Scottish Leaving Certificate Examination, 1956
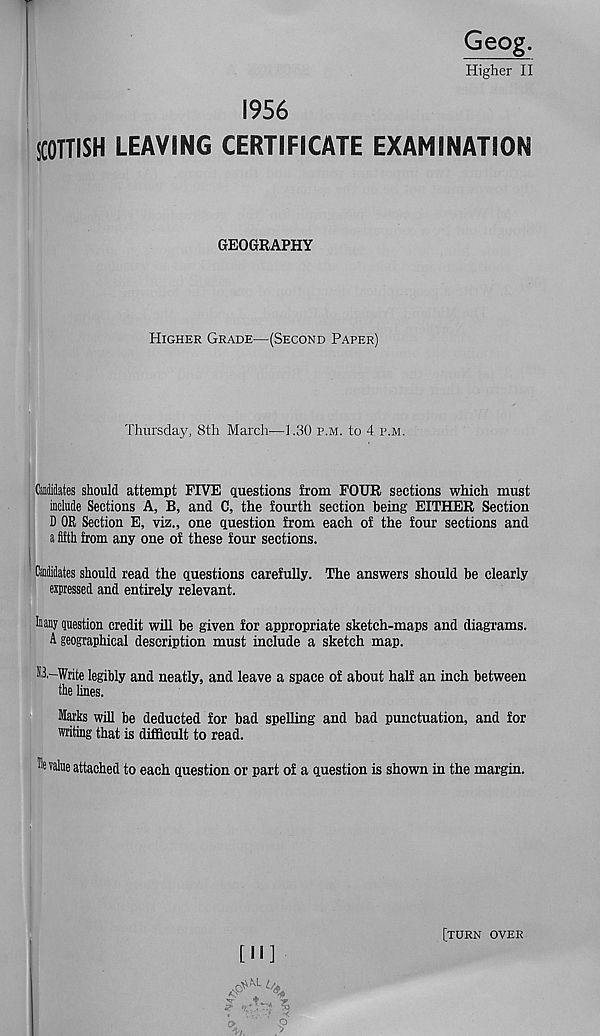
SCOTTISH
Geog.
Higher II
1956
LEAVING CERTIFICATE EXAMINATION
GEOGRAPHY
Higher Grade—(Second Paper)
Thursday, 8th March—1.30 p.m. to 4 p.m.
Candidates should attempt FIVE questions from FOUR sections which must
include Sections A, B, and C, the fourth section being EITHER Section
D OR Section E, viz., one question from each of the four sections and
a fifth from any one of these four sections.
I
Candidates should read the questions carefully. The answers should be clearly
expressed and entirely relevant.
Inany question credit will be given for appropriate sketch-maps and diagrams.
A geographical description must include a sketch map.
tB,-Write legibly and neatly, and leave a space of about half an inch between
the lines.
Marks will be deducted for bad spelling and bad punctuation, and for
writing that is difficult to read.
'
lvalue attached to each question or part of a question is shown in the margin.
[II]
[turn over